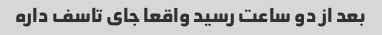
بعد از دو ساعت رسید واقعا جای تاسف داره